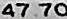
47.70